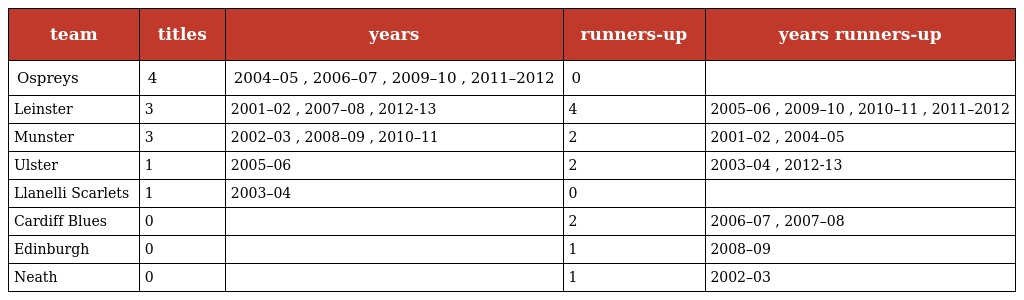
| team | titles | years | runners-up | years runners-up |
 | --- | --- | --- | --- | --- |
 | Ospreys | 4 | 2004–05 , 2006–07 , 2009–10 , 2011–2012 | 0 |  |
 | Leinster | 3 | 2001–02 , 2007–08 , 2012-13 | 4 | 2005–06 , 2009–10 , 2010–11 , 2011–2012 |
 | Munster | 3 | 2002–03 , 2008–09 , 2010–11 | 2 | 2001–02 , 2004–05 |
 | Ulster | 1 | 2005–06 | 2 | 2003–04 , 2012-13 |
 | Llanelli Scarlets | 1 | 2003–04 | 0 |  |
 | Cardiff Blues | 0 |  | 2 | 2006–07 , 2007–08 |
 | Edinburgh | 0 |  | 1 | 2008–09 |
 | Neath | 0 |  | 1 | 2002–03 |